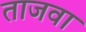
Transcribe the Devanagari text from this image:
ताजवा